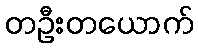
တဦးတယောက်